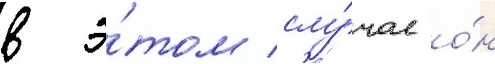
в э́том слу́чае о́н